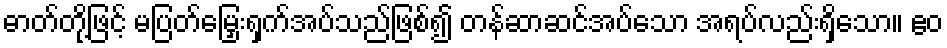
ဓာတ်တို့ဖြင့် မပြတ်မြှေးရှက်အပ်သည်ဖြစ်၍ တန်ဆာဆင်အပ်သော အရပ်လည်းရှိသော။ ဧဝ